65_HS1-834228961_62-HQ-83894_Section_9
Agency: FBI
Page 57
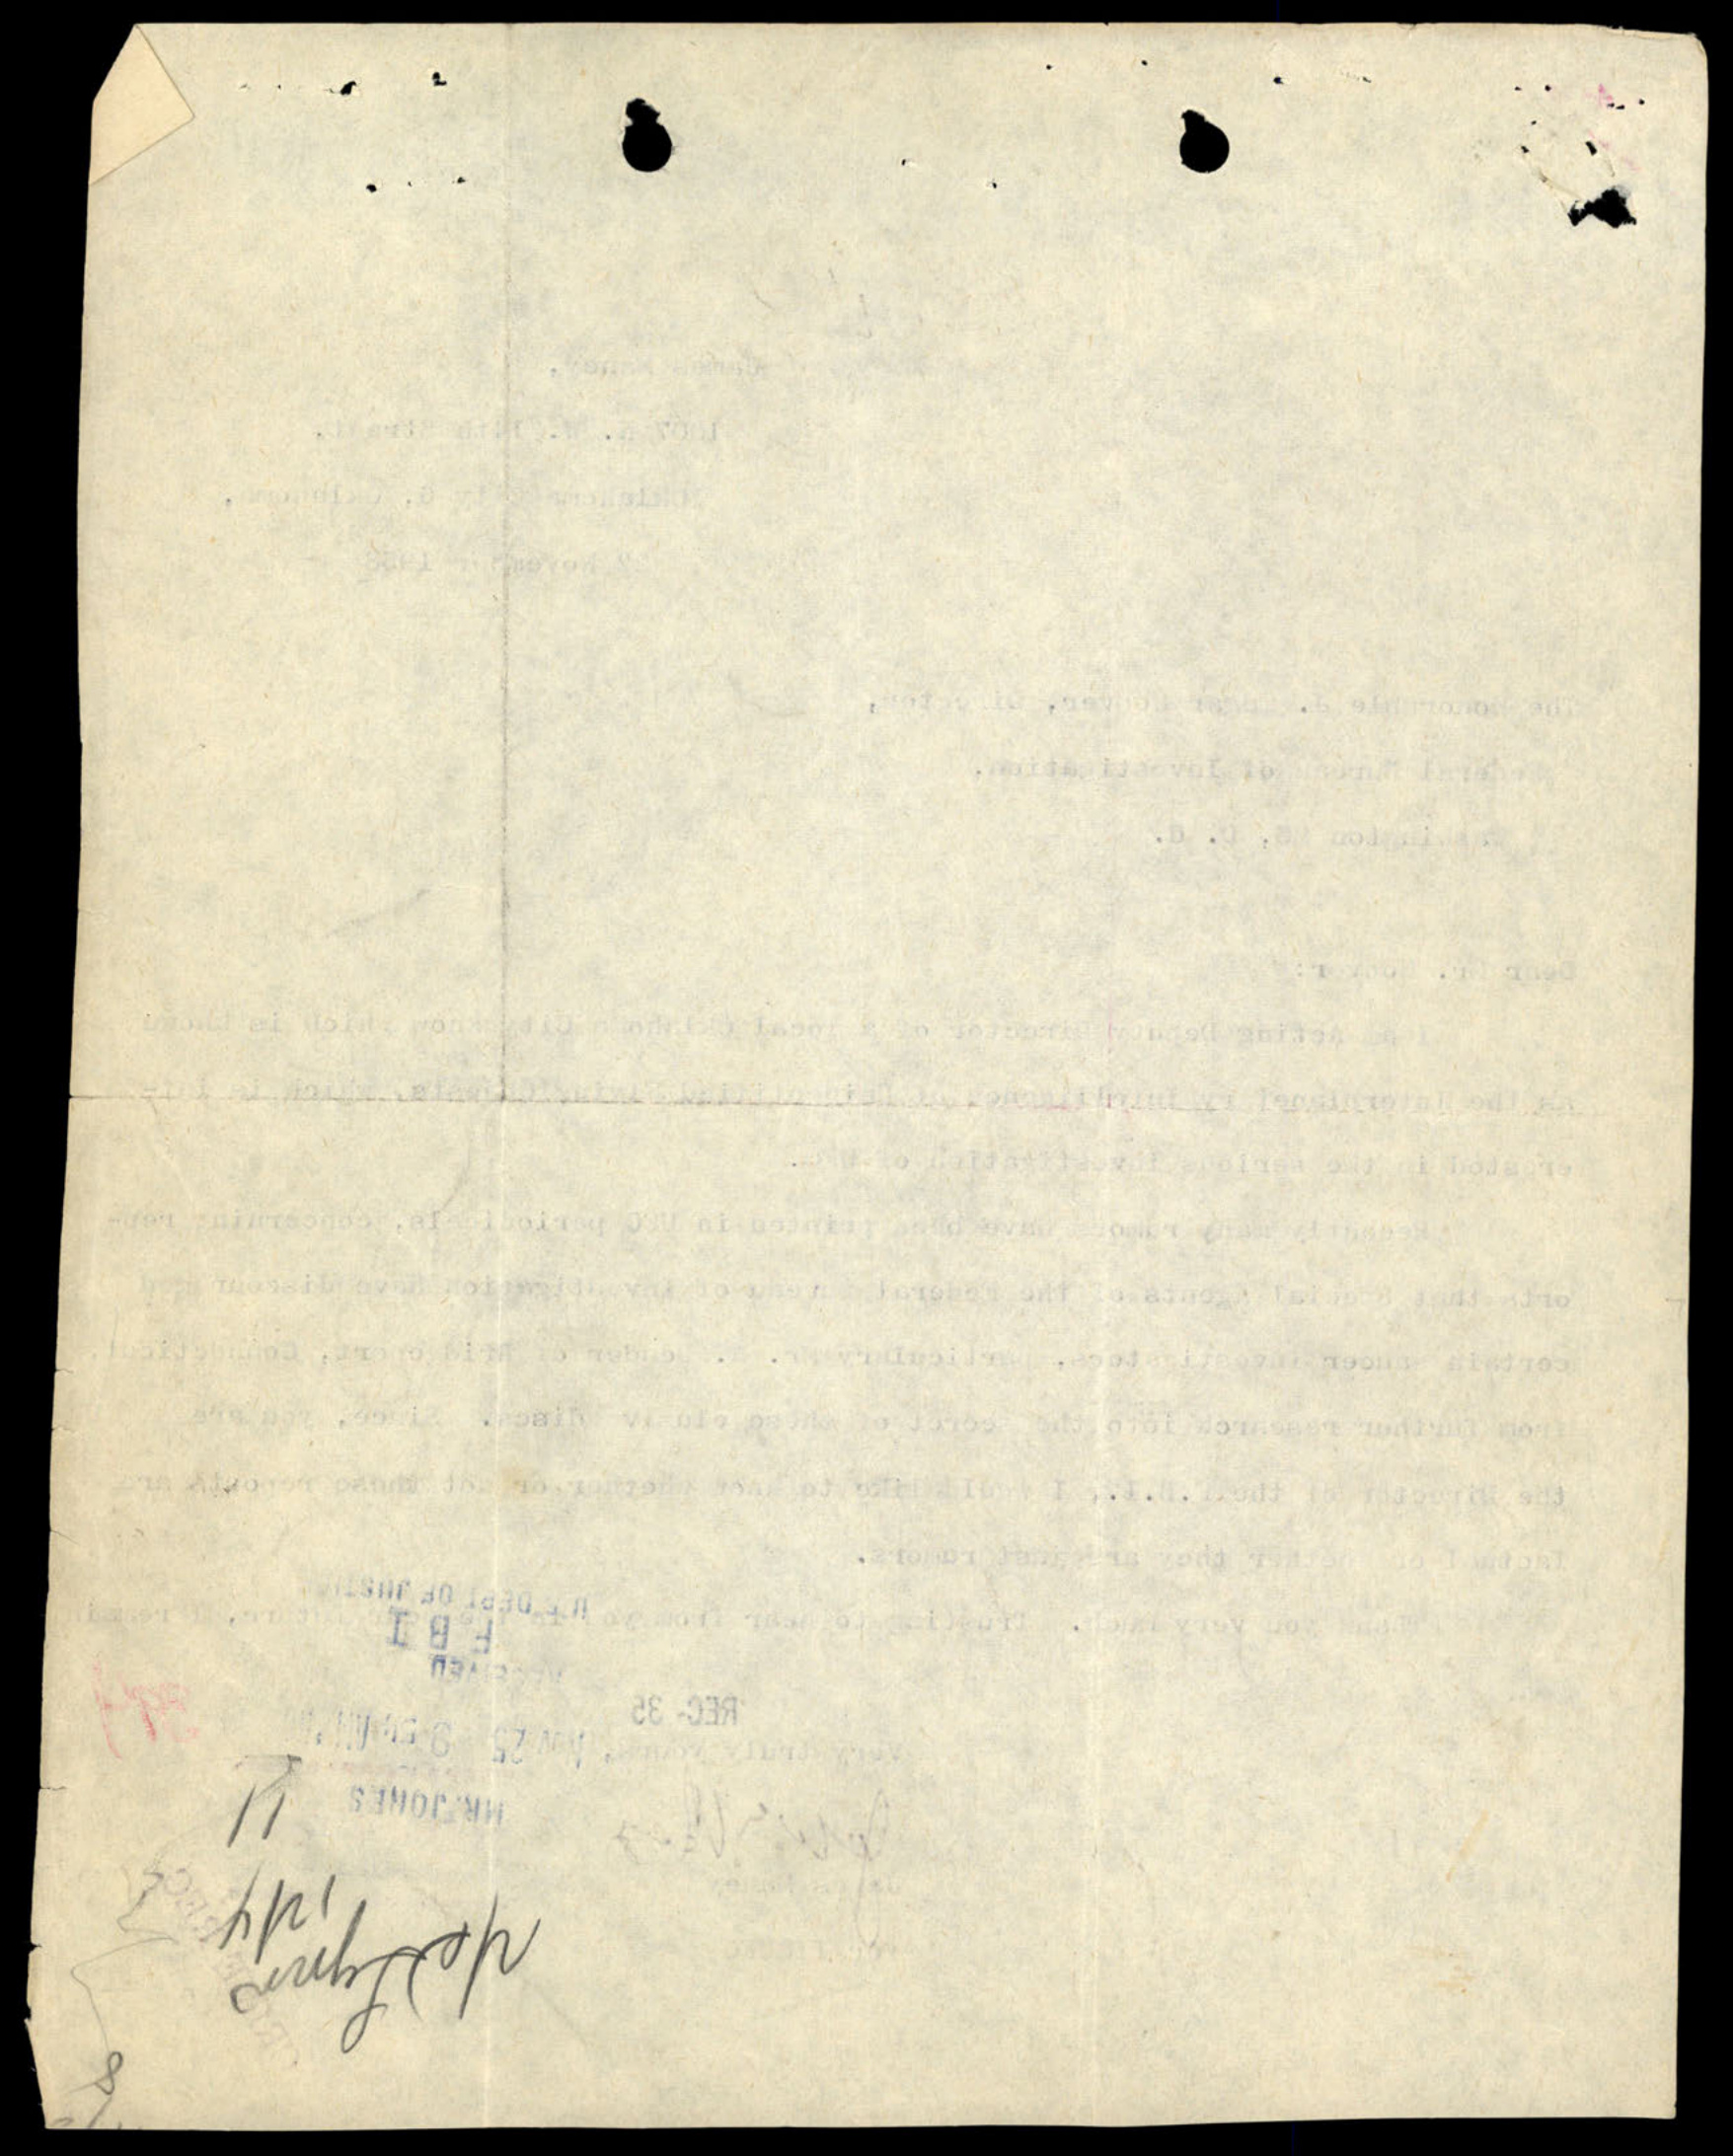